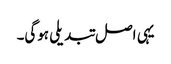
یہی اصل تبدیلی ہوگی۔